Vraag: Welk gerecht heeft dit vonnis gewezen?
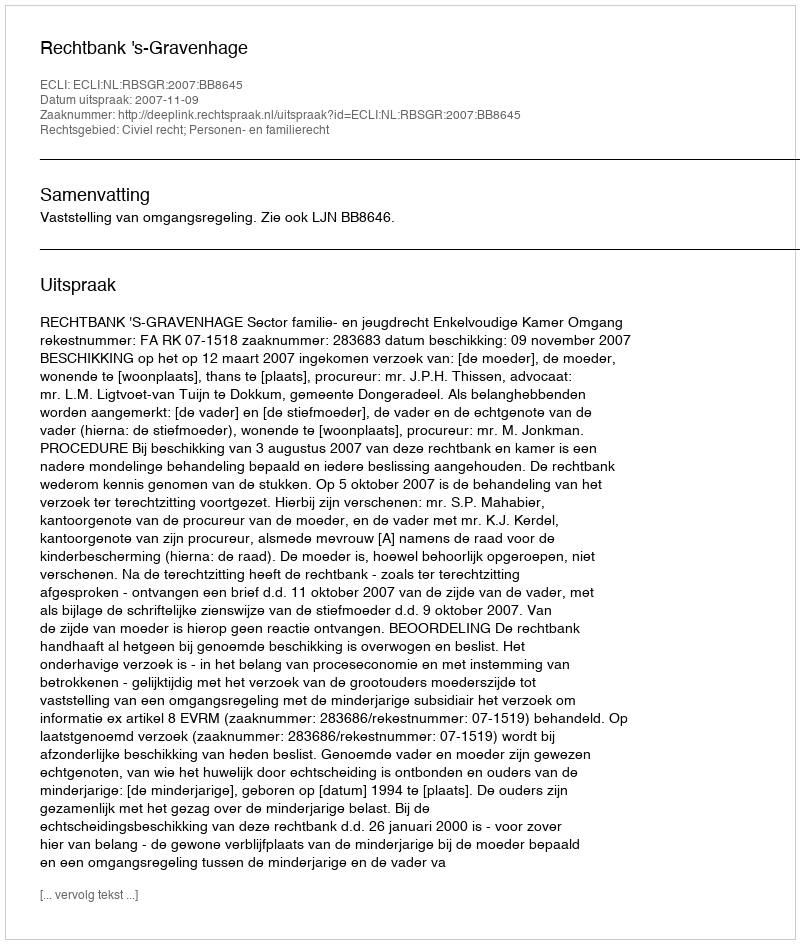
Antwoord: Rechtbank 's-Gravenhage